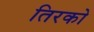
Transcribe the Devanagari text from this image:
तिरको